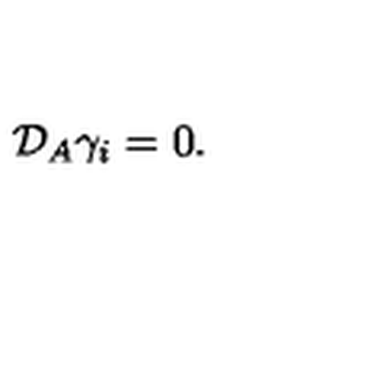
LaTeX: { \cal { D } } _ { A } \gamma _ { i } = 0 .